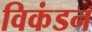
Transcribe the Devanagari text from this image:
विकंडन